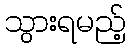
သွားရမည့်